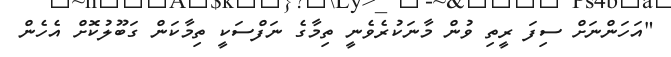
"އަހަންނަށް ސިފަ ރީތި ވުން މާނަކުރެވެނީ ތިމާގެ ނަފްސަކީ ތިމާކަން ގަބޫލުކޮށް އެހެން